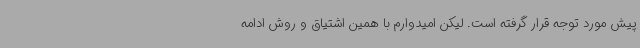
پیش مورد توجه قرار گرفته است. لیکن امیدوارم با همین اشتیاق و روش ادامه